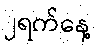
၂ရက်နေ့